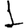
Digit: 1